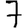
Digit: 7